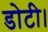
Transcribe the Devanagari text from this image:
डोटी।